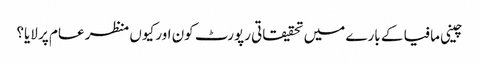
چینی مافیا کے بارے میں تحقیقاتی رپورٹ کون اور کیوں منظر عام پر لایا؟